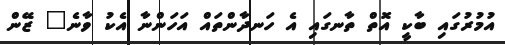
އުމުރުގައި ބާކީ އޮތް ތާނގައި އެ ހަނދާންތައް އަހަންނާ އެކު ވާނެ" ޒޭން